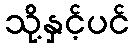
သို့နှင့်ပင်